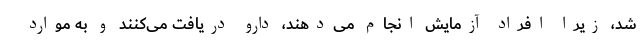
شد، زیرا افراد آزمایش انجام می‌دهند، دارو دریافت می‌کنند و به موارد